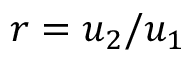
r = u _ { 2 } / u _ { 1 }